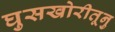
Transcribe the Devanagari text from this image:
घुसखोरीतूनु